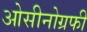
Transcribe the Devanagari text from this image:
ओसीनोग्रफी